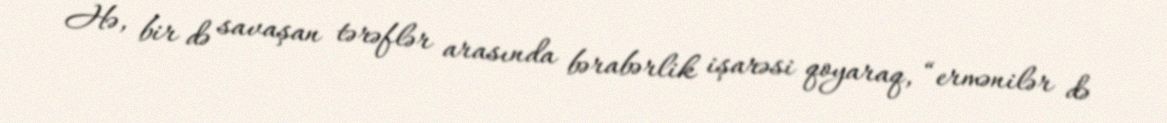
Hə, bir də savaşan tərəflər arasında bərabərlik işarəsi qoyaraq, “ermənilər də